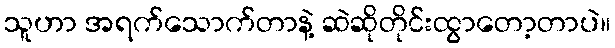
သူဟာ အရက်သောက်တာနဲ့ ဆဲဆိုတိုင်းထွာတော့တာပဲ။